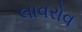
લાવરોવ